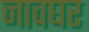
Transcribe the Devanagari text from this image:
नावघर